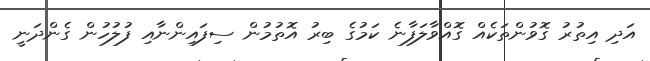
އަދި އިތުރު ގޮވުންތަކެއް ގޮއްވާލަފާނެ ކަމުގެ ބިރު އޮތުމުން ސިފައިންނާއި ފުލުހުން ގެންދަނީ